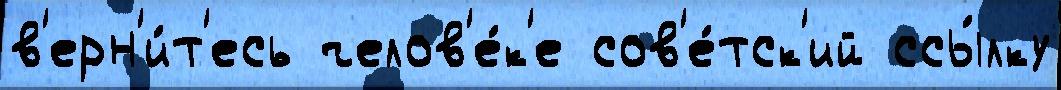
в'ерн'и́т'есь челов'е́к'е сов'е́тск'ий ссы́лку